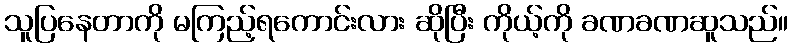
သူပြနေတာကို မကြည့်ရကောင်းလား ဆိုပြီး ကိုယ့်ကို ခဏခဏဆူသည်။